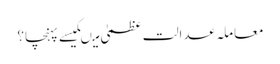
معاملہ عدالت عظمیٰ میںکیسے پہنچا؟